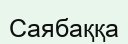
Саябаққа